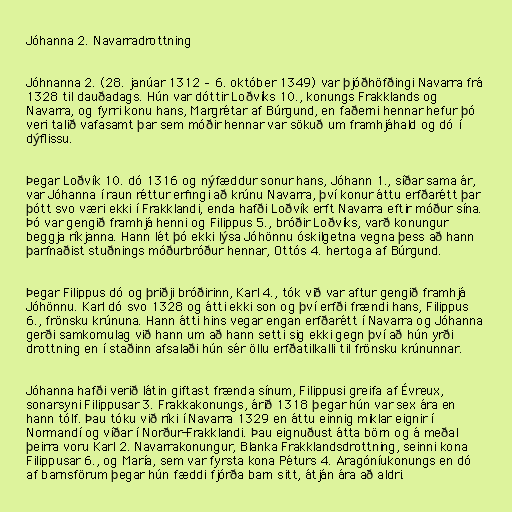
Jóhanna 2. Navarradrottning

Jóhnanna 2. (28. janúar 1312 – 6. október 1349) var þjóðhöfðingi Navarra frá
1328 til dauðadags. Hún var dóttir Loðvíks 10., konungs Frakklands og
Navarra, og fyrri konu hans, Margrétar af Búrgund, en faðerni hennar hefur þó
veri talið vafasamt þar sem móðir hennar var sökuð um framhjáhald og dó í
dýflissu.

Þegar Loðvík 10. dó 1316 og nýfæddur sonur hans, Jóhann 1., síðar sama ár,
var Jóhanna í raun réttur erfingi að krúnu Navarra, því konur áttu erfðarétt þar
þótt svo væri ekki í Frakklandi, enda hafði Loðvík erft Navarra eftir móður sína.
Þó var gengið framhjá henni og Filippus 5., bróðir Loðvíks, varð konungur
beggja ríkjanna. Hann lét þó ekki lýsa Jóhönnu óskilgetna vegna þess að hann
þarfnaðist stuðnings móðurbróður hennar, Ottós 4. hertoga af Búrgund.

Þegar Filippus dó og þriðji bróðirinn, Karl 4., tók við var aftur gengið framhjá
Jóhönnu. Karl dó svo 1328 og átti ekki son og því erfði frændi hans, Filippus
6., frönsku krúnuna. Hann átti hins vegar engan erfðarétt í Navarra og Jóhanna
gerði samkomulag við hann um að hann setti sig ekki gegn því að hún yrði
drottning en í staðinn afsalaði hún sér öllu erfðatilkalli til frönsku krúnunnar.

Jóhanna hafði verið látin giftast frænda sínum, Filippusi greifa af Évreux,
sonarsyni Filippusar 3. Frakkakonungs, árið 1318 þegar hún var sex ára en
hann tólf. Þau tóku við ríki í Navarra 1329 en áttu einnig miklar eignir í
Normandí og víðar í Norður-Frakklandi. Þau eignuðust átta börn og á meðal
þeirra voru Karl 2. Navarrakonungur, Blanka Frakklandsdrottning, seinni kona
Filippusar 6., og María, sem var fyrsta kona Péturs 4. Aragóníukonungs en dó
af barnsförum þegar hún fæddi fjórða barn sitt, átján ára að aldri.